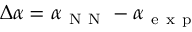
\Delta \alpha = \alpha _ { \mathrm { ~ N ~ N ~ } } - \alpha _ { \mathrm { ~ e ~ x ~ p ~ } }